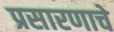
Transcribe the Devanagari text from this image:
प्रसारणाचे